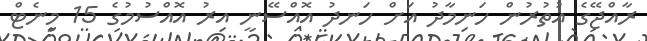
ރާއްޖޭގެ އުތުރުން ހަނިމާދު އަށް ހަނދު އޮއްސޭނީ އިރު އޮއްސުމުގެ 15 މިނެޓް